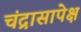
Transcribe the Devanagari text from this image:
चंद्रासापेक्ष